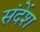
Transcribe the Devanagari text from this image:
संदेंश